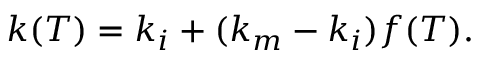
k ( T ) = k _ { i } + ( k _ { m } - k _ { i } ) f ( T ) .